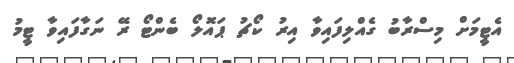
އެޓީމަށް މިސްރާބު ގެއްލިފައިވާ އިރު ކޯޗު ޕައޮލޯ ބެންޓޯ ރޭ ނަގާފައިވާ ޓީމު